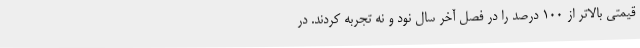
قیمتی بالاتر از ۱۰۰ درصد را در فصل آخر سال نود و نه تجربه کردند. در